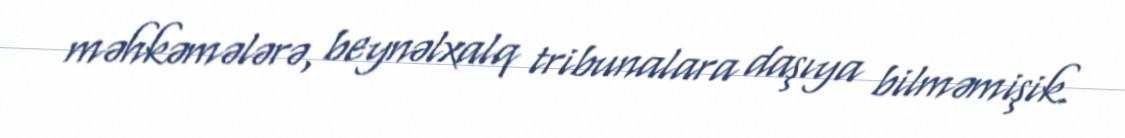
məhkəmələrə, beynəlxalq tribunalara daşıya bilməmişik.